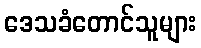
ဒေသခံတောင်သူများ